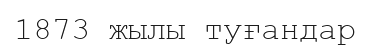
1873 жылы туғандар